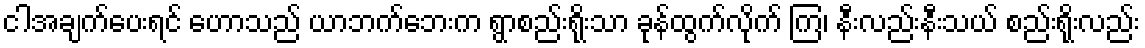
ငါအချက်ပေးရင် ဟောသည် ယာဘက်ဘေးက ရွာစည်းရိုးသာ ခုန်ထွက်လိုက် ကြ၊ နီးလည်းနီးသယ် စည်းရိုးလည်း